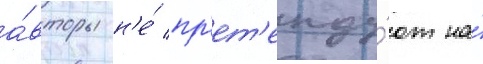
а́вторы н'е́ пр'ет'енду́ют на́